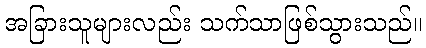
အခြားသူများလည်း သက်သာဖြစ်သွားသည်။